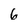
Character: 6